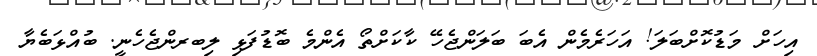
އިހަށް މަޑުކޮށްބަލަ! އަހަރެމެން އެބަ ބަލަންޖެހޭ ކާކަށްތޯ އެންމެ ބޮޑުފަޅި ލިބރންޖެހެނީ. ބުއްޅަބެޔާ